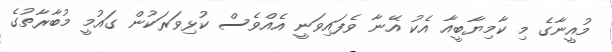
މުއީނާގެ މި ކާމިޔާބީއާ އެކު އޭނާ ވެފައިވަނީ އެއްވެސް ކުޅިވަރަކުން ގައުމީ މުބާރާތުގެ